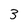
Character: 3